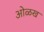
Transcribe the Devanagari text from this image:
आेळख